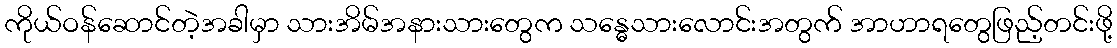
ကိုယ်ဝန်ဆောင်တဲ့အခါမှာ သားအိမ်အနားသားတွေက သန္ဓေသားလောင်းအတွက် အာဟာရတွေဖြည့်တင်းဖို့